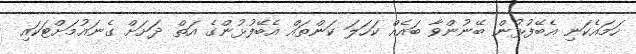
ހަމައެކަނި އެބޭފުޅުން ބޭނުންވާ ބައެއް ކަހަލަ ކަންތައް އެބޭފުޅުންގެ އަތް ދަށަށް ގެނައުމަށްޓަކައި